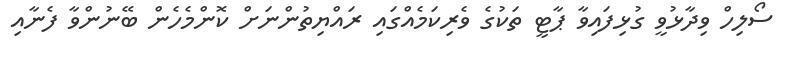
ސޯލިހް ވިދާޅުވީ ގުޅިފައިވާ ޕާޓީ ތަކުގެ ވެރިކަމެއްގައި ރައްޔިތުންނަށް ކޮންމެހެން ބޭނުންވާ ފެނާއި